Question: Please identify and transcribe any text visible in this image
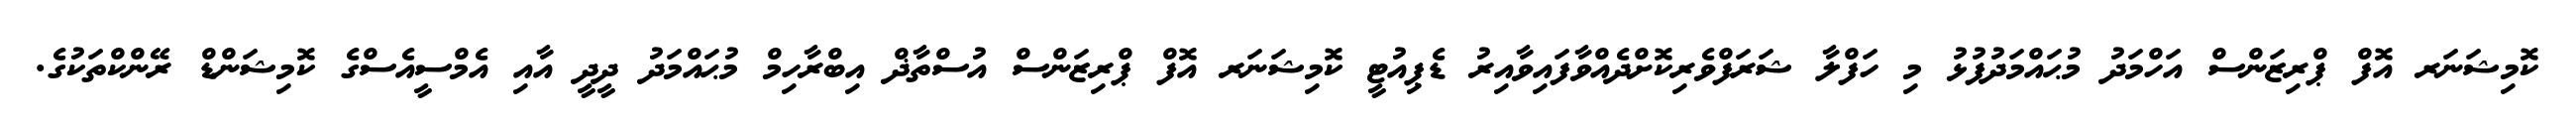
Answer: ކޮމިޝަނަރ އޮފް ޕްރިޒަންސް އަހްމަދު މުޙައްމަދުފުޅު މި ހަފްލާ ޝަރަފްވެރިކޮށްދެއްވާފައިވާއިރު ޑެޕިއުޓީ ކޮމިޝަނަރ އޮފް ޕްރިޒަންސް އުސްތާޛް އިބްރާހިމް މުޙައްމަދު ދީދީ އާއި އެމްސީއެސްގެ ކޮމިޝަންޑް ރޭންކްތަކުގެ.